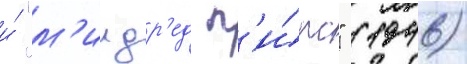
и́ "м'илдр'ед п'и́рс" (1946)